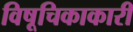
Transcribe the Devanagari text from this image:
विषूचिकाकारी